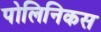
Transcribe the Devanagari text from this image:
पोलिनिकस